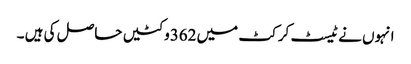
انہوں نے ٹیسٹ کرکٹ میں 362وکٹیں حاصل کی ہیں ۔